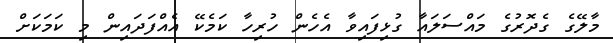
މާލޭގެ ގެދޮރުގެ މައްސަލައާ ގުޅިފައިވާ އެހެން ހުރިހާ ކަމެކޭ އެއްފަދައިން މި ކަމަކަށް